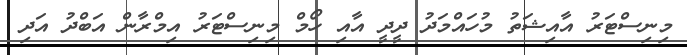
މިނިސްޓަރު އާއިޝަތު މުހައްމަދު ދީދީ އާއި ހޯމް މިނިސްޓަރު އިމްރާން އަބްދު އަދި